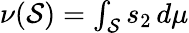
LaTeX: \textstyle\nu(\mathcal{S})=\int_{\mathcal{S}}s_{2}\, d\mu